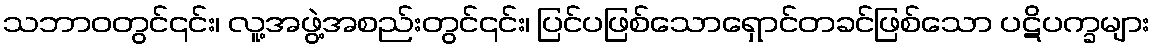
သဘာဝတွင်၎င်း၊ လူ့အဖွဲ့အစည်းတွင်၎င်း၊ ပြင်ပဖြစ်သောရှောင်တခင်ဖြစ်သော ပဋိပက္ခများ